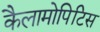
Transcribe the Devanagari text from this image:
कैलामोपिटिस